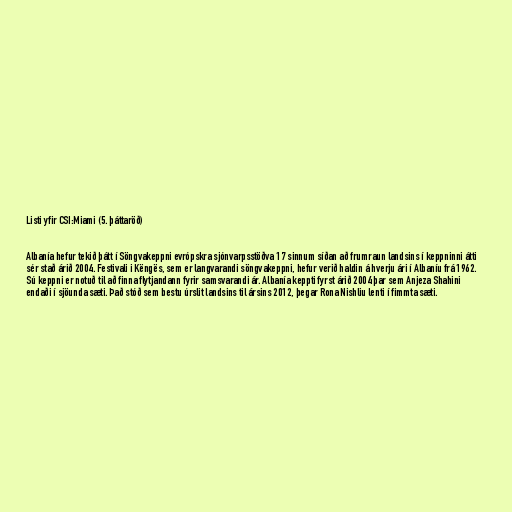
Listi yfir CSI:Miami (5. þáttaröð)

Albanía hefur tekið þátt í Söngvakeppni evrópskra sjónvarpsstöðva 17 sinnum síðan að frumraun landsins í keppninni átti
sér stað árið 2004. Festivali i Këngës, sem er langvarandi söngvakeppni, hefur verið haldin á hverju ári í Albaníu frá 1962.
Sú keppni er notuð til að finna flytjandann fyrir samsvarandi ár. Albanía keppti fyrst árið 2004 þar sem Anjeza Shahini
endaði í sjöunda sæti. Það stóð sem bestu úrslit landsins til ársins 2012, þegar Rona Nishliu lenti í fimmta sæti.